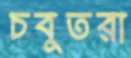
চবুতরা